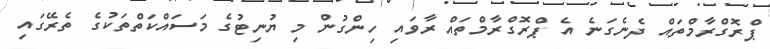
ޕްރޮގްރާމްތައް ދެނެގަނެ އެ ޕްރޮގްރާމްތައް ރާވައި ހިންގުން މި ޔުނިޓުގެ މަސައްކަތްތަކުގެ ތެރޭގައި